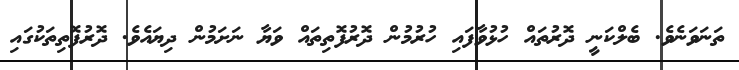
ތަނަވަނެވެ. ބެލްކަނީ ދޮރުތައް ހުޅުވާފައި ހުރުމުން ދޮރުފޮތިތައް ވަޔާ ނަށަމުން ދިޔައެވެ. ދޮރުފޮތިތަކުގައި